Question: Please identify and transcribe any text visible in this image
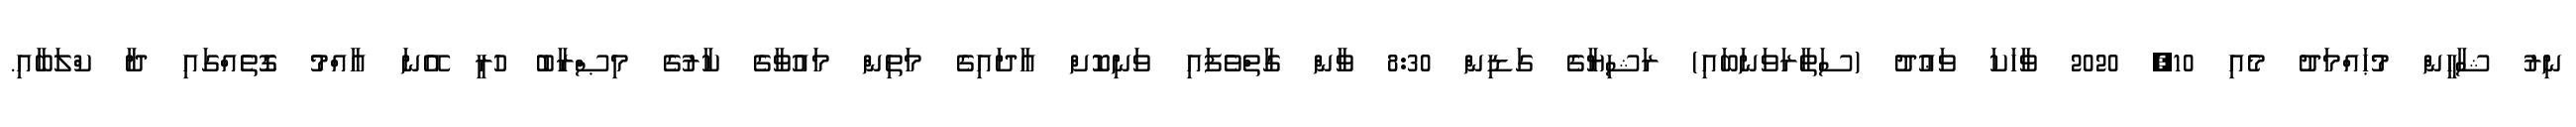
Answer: ނިރު ޝާހީން މުޙައްމަދު މެއި 10, 2020 ވާހަކަ ވަޢުދު (ސަތާރަވަނަބައި) ރަޝިޔާގެ ގަޑިން 8:30 ވާން ގާތްވެފައި ވަނިކޮށް އާދައިގެ މަތިން މައުވާގެ ކާރުގެ މިޞްރާބު ހުރީ އޭނަ ޢާއްމު ގޮތެއްގައި ދާ ކްލަބާއި.